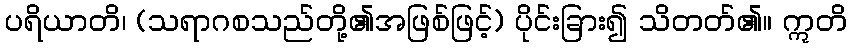
ပရိယာတိ၊ (သရာဂစသည်တို့၏အဖြစ်ဖြင့်) ပိုင်းခြား၍ သိတတ်၏။ ဣတိ